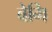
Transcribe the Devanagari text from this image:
वेगि